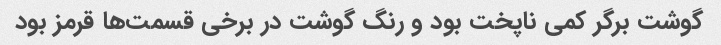
گوشت برگر کمی ناپخت بود و رنگ گوشت در برخی قسمت‌ها قرمز بود